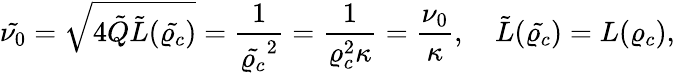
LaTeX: \tilde{\nu_{0}}=\sqrt{4\tilde{Q}\tilde{L}(\tilde{\varrho_{c}})}=\frac{1}{\tilde{\varrho_{c}}^{2}}=\frac{1}{\varrho_{c}^{2}\kappa}=\frac{\nu_{0}}{\kappa},\quad\tilde{L}(\tilde{\varrho_{c}})=L(\varrho_{c}),